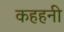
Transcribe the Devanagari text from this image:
कहहनी